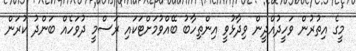
މީގެ އިތުރުން ވަހީދުއްދީން ވިދާޅުވީ އިންތިހާބު ބޭއްވުމަށްޓަކައި ރަސްމީ ދުވަހެއް ބަންދު ކުރަން